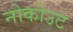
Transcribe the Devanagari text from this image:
नोकोउट